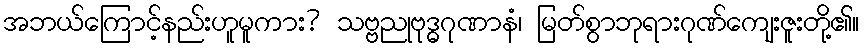
အဘယ်ကြောင့်နည်းဟူမူကား? သဗ္ဗညုဗုဒ္ဓဂုဏာနံ၊ မြတ်စွာဘုရားဂုဏ်ကျေးဇူးတို့၏။